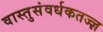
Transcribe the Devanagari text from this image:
वास्तुसंवर्धकतज्ज्ञ